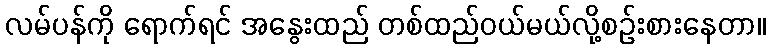
လမ်ပန်ကို ရောက်ရင် အနွေးထည် တစ်ထည်ဝယ်မယ်လို့စဉ်းစားနေတာ။